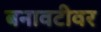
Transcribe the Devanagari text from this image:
बनावटीवर